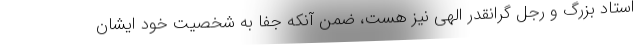
استاد بزرگ و رجل گرانقدر الهی نیز هست، ضمن آنکه جفا به شخصیت خود ایشان